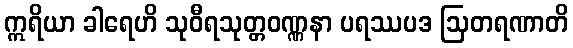
ဣရိယာ ခါရေဟိ သုဝီရသုတ္တဝဏ္ဏနာ ပရဿပဒ ဩတရဏာတိ